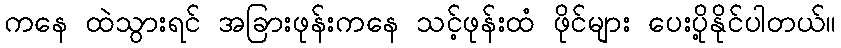
ကနေ ထဲသွားရင် အခြားဖုန်းကနေ သင့်ဖုန်းထံ ဖိုင်များ ပေးပို့နိုင်ပါတယ်။